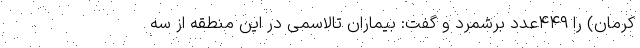
کرمان) را ۴۴۹عدد برشمرد و گفت: بیماران تالاسمی در این منطقه از سه